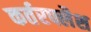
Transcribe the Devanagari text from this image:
कर्तरफ्लैश